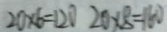
2 0 \times 6 = 1 2 0 2 0 \times 8 = 1 6 0